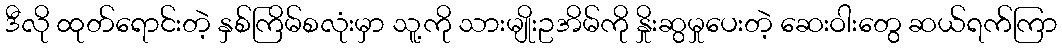
ဒီလို ထုတ်ရောင်းတဲ့ နှစ်ကြိမ်စလုံးမှာ သူ့ကို သားမျိုးဥအိမ်ကို နှိုးဆွမှုပေးတဲ့ ဆေးဝါးတွေ ဆယ်ရက်ကြာ